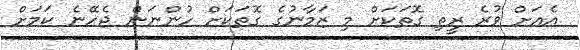
އެއަށް ވުރެ ރީތި ގޮތަކަށް މި ޒަމާނުގެ ގޮތަކަށް ހުންނަން ޖެހޭނެ ކަމަށް